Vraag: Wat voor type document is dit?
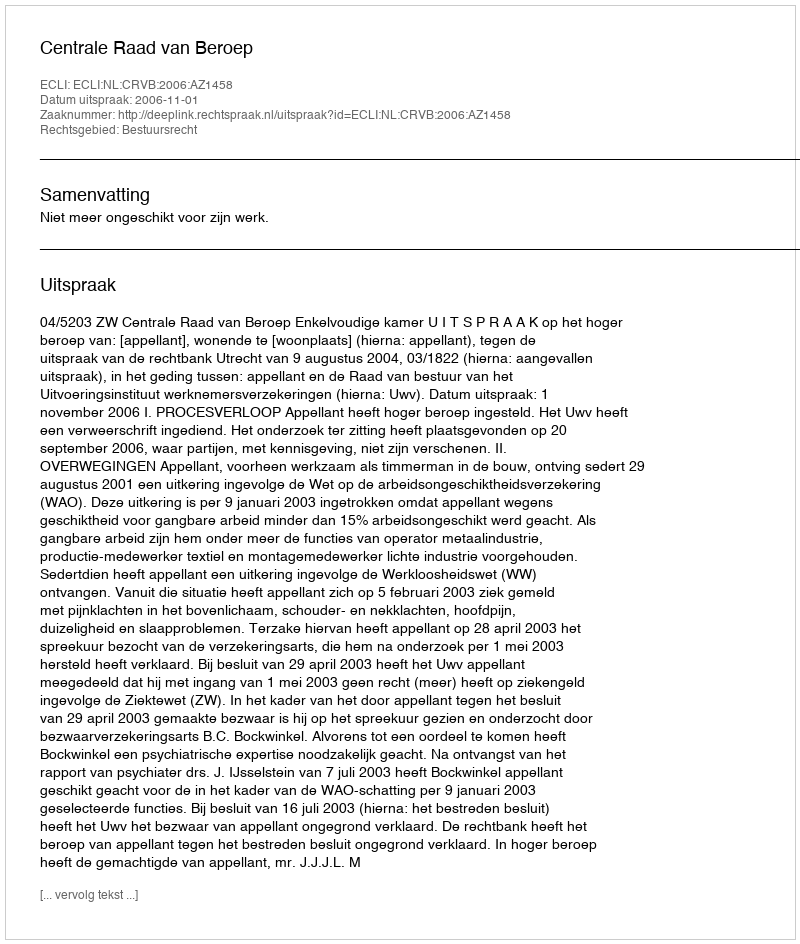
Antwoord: Uitspraak